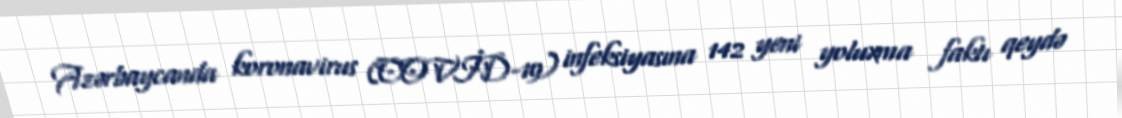
Azərbaycanda koronavirus (COVİD-19) infeksiyasına 142 yeni yoluxma faktı qeydə